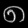
Digit: ၈